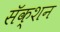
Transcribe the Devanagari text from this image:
सॅक्शन